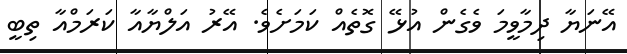
އޭނަޔާ ދިމާވީމަ ވެގެން އުޅޭ ގޮތެއް ކަމަށެވެ. އޭރު އަލްޔާއާ ކަރަމްއާ ތިބީ